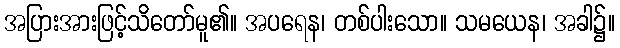
အပြားအားဖြင့်သိတော်မူ၏။ အပရေန၊ တစ်ပါးသော။ သမယေန၊ အခါ၌။